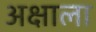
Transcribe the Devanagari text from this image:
अक्षाला